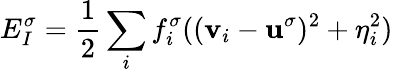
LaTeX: E_{I}^{\sigma}=\frac{1}{2}\sum_{i}f_{i}^{\sigma}((\mathbf{v}_{i}-\mathbf{u}^{\sigma})^{2}+\eta_{i}^{2})